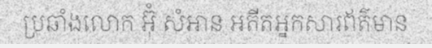
ប្រឆាំងលោក អ៊ុំ សំអាន អតីតអ្នកសារព័ត៌មាន